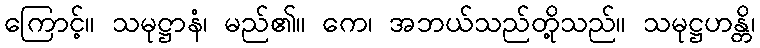
ကြောင့်။ သမုဋ္ဌာနံ၊ မည်၏။ ကေ၊ အဘယ်သည်တို့သည်။ သမုဋ္ဌဟန္တိ၊